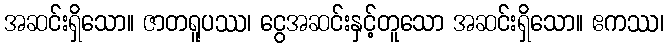
အဆင်းရှိသော။ ဇာတရူပဿ၊ ငွေအဆင်းနှင့်တူသော အဆင်းရှိသော။ ဧကဿ၊